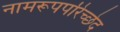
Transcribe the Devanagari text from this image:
नामरूपपरिच्छेद